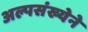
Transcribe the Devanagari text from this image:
अल्पसंख्येने